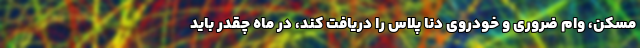
مسکن، وام ضروری و خودروی دنا پلاس را دریافت کند، در ماه چقدر باید